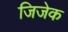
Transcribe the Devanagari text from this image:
जिजेक